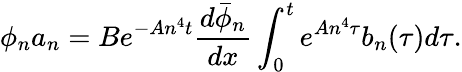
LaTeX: \phi_{n}a_{n}=Be^{-An^{4}t}\frac{d\bar{\phi}_{n}}{dx}\int_{0}^{t}e^{An^{4}\tau}b_{n}(\tau)d\tau.